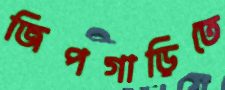
জিপগাড়িতে